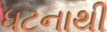
ધટનાથી